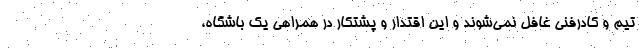
تیم و کادرفنی غافل نمی‌شوند و این اقتدار و پشتکار در همراهی یک باشگاه،